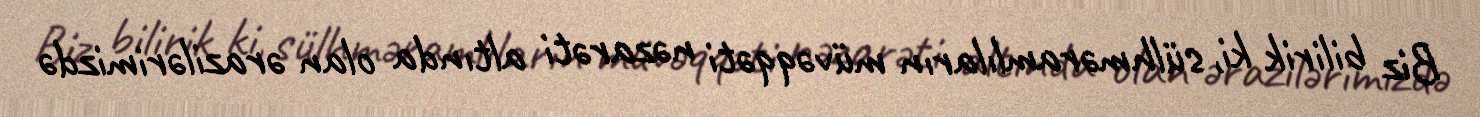
Biz bilirik ki, sülhməramlıların müvəqqəti nəzarəti altında olan ərazilərimizdə